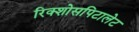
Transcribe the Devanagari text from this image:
रिक्शोसपिटालेट